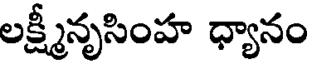
లక్ష్మీనృసింహ ధ్యానం